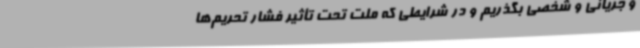
و جریانی و شخصی بگذریم و در شرایطی که ملت تحت تأثیر فشار تحریم‌ها